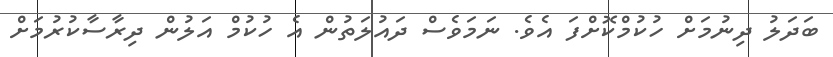
ބަދަލު ދިނުމަށް ހުކުމްކޮށްފަ އެވެ. ނަމަވެސް ދައުލަތުން އެ ހުކުމް އަލުން ދިރާސާކުރުމަށް